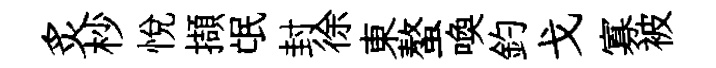
炙杪悅擷氓封徐東螯喚釣戈寡被